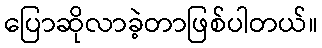
ပြောဆိုလာခဲ့တာဖြစ်ပါတယ်။